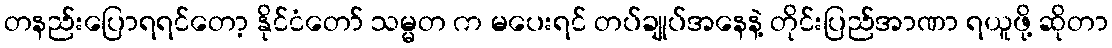
တနည်းပြောရရင်တော့ နိုင်ငံတော် သမ္မတ က မပေးရင် တပ်ချုပ်အနေနဲ့ တိုင်းပြည်အာဏာ ရယူဖို့ ဆိုတာ